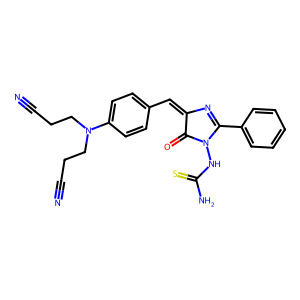
SMILES: N#CCCN(CCC#N)c1ccc(C=C2N=C(c3ccccc3)N(NC(N)=S)C2=O)cc1
Inhibits HIV replication: No